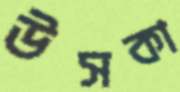
উসকা